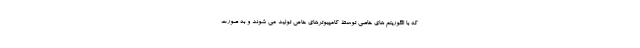
که با الگوریتم های خاصی توسط کامپیوترهای خاص تولید می شوند و به صورت